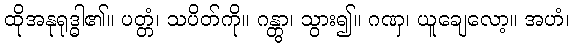
ထိုအနုရုဒ္ဓါ၏။ ပတ္တံ၊ သပိတ်ကို။ ဂန္တွာ၊ သွား၍။ ဂဏှ၊ ယူချေလော့။ အဟံ၊